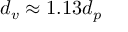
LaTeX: d _ { v } \approx 1 . 1 3 d _ { p }